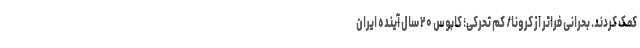
کمک کردند. بحرانی فراتر از کرونا/ کم تحرکی؛ کابوس ۲۰ سال آینده ایران